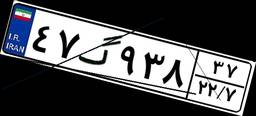
۰۱گ۷۹۰۰۱